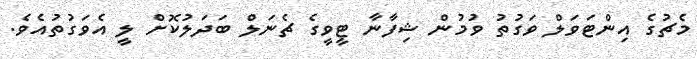
މެޗުގެ އިންޓަވަލް ވަގުތު ވުމުން ޝިފާނާ ޓީވީގެ ޗެނަލް ބަދަލުކޮށް ލީ އެވަގުތުއެވެ.